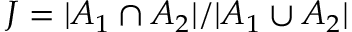
J = | A _ { 1 } \cap A _ { 2 } | / | A _ { 1 } \cup A _ { 2 } |